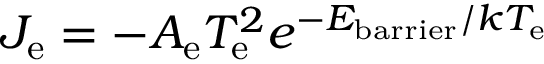
J _ { \mathrm { { e } } } = - A _ { \mathrm { { e } } } T _ { \mathrm { { e } } } ^ { 2 } e ^ { - E _ { \mathrm { { b a r r i e r } } } / k T _ { \mathrm { { e } } } }